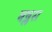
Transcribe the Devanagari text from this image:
बब्लस